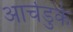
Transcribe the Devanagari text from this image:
आर्चडुके